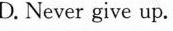
D. Never give up.